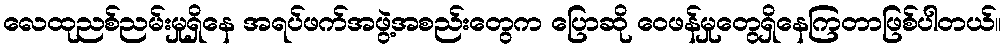
လေထုညစ်ညမ်းမှုရှိနေ အရပ်ဖက်အဖွဲ့အစည်းတွေက ပြောဆို ဝေဖန်မှုတွေရှိနေကြတာဖြစ်ပါတယ်။